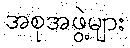
အစုအဖွဲ့များ